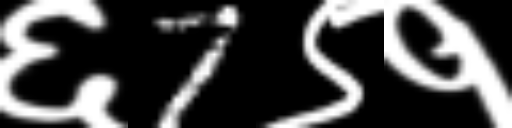
Text: ६7९१